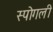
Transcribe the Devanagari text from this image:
स्पोगली